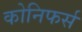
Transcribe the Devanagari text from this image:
कोनिफर्स